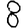
Digit: 8